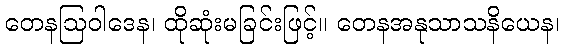
တေနဩဝါဒေန၊ ထိုဆုံးမခြင်းဖြင့်။ တေနအနုသာသနိယေန၊